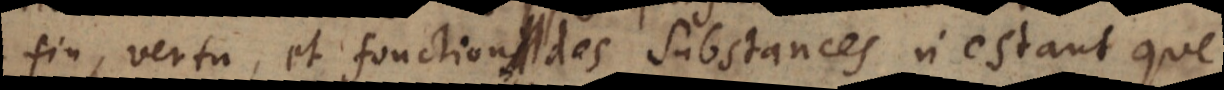
fin, vertu et fonction des substances n’estant que